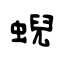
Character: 蜺